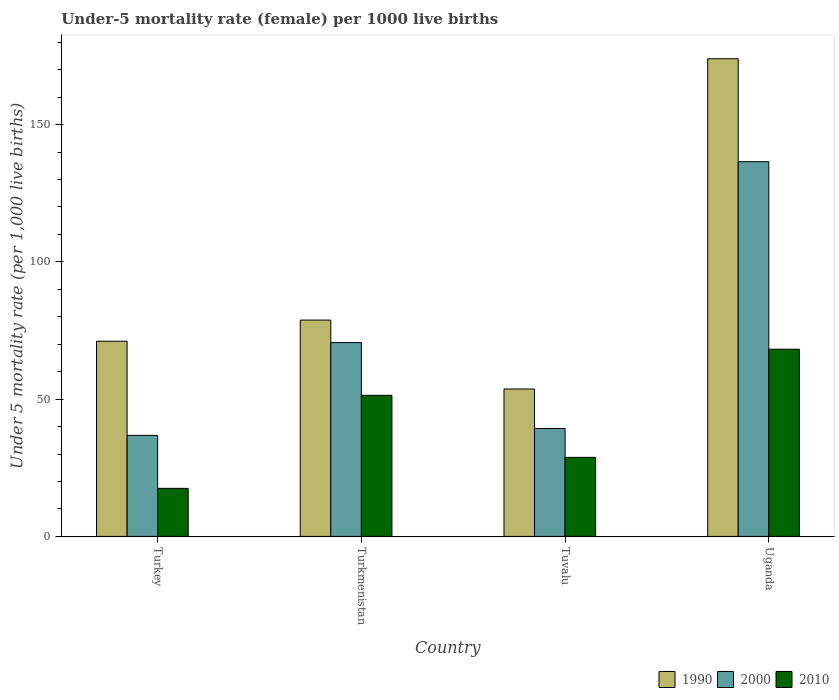
| Country | 1990 | 2000 | 2010 |
 | --- | --- | --- | --- |
 | Turkey | 71.1 | 36.8 | 17.5 |
 | Turkmenistan | 78.8 | 70.6 | 51.4 |
 | Tuvalu | 53.7 | 39.3 | 28.8 |
 | Uganda | 174 | 136 | 68.2 |